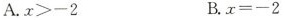
A.$$x > - 2$$ B.$$x = - 2$$